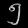
Digit: ၅